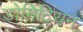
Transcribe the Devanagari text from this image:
डोमिटियन